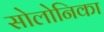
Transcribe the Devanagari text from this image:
सोलोनिका